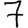
Digit: 7